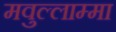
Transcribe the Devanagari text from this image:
मवुल्लाम्मा